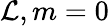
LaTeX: \mathcal{L},m=0